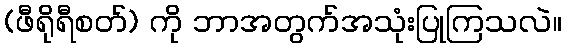
(ဖီရိုရီစတ်) ကို ဘာအတွက်အသုံးပြုကြသလဲ။